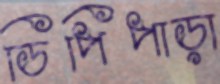
ডিপিপাড়া